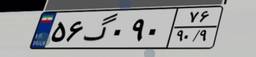
۵۶گ۰۹۰۷۶